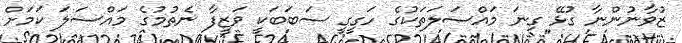
ޒުވާނުންނާ ގުޅޭ ގިނަ މައްސަލަތަކުގެ ހަގީގީ ސަބަބަކީ ވަޒީފާ ނެތުމުގެ މައްސަލަ ކަމަށް